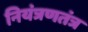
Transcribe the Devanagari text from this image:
नियंत्रणतंत्र